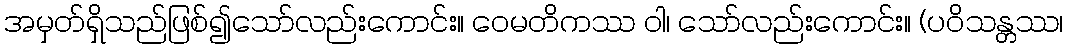
အမှတ်ရှိသည်ဖြစ်၍သော်လည်းကောင်း။ ဝေမတိကဿ ဝါ၊ သော်လည်းကောင်း။ (ပဝိသန္တဿ၊